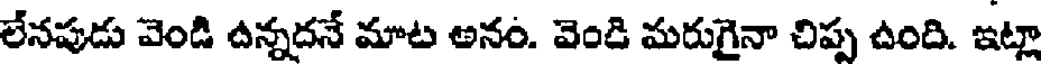
లేనపుడు వెండి ఉన్నదనే మాట అనం. వెండి మరుగైనా చిప్ప ఉంది. ఇట్లా